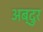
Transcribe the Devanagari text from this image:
अब्‍दुर